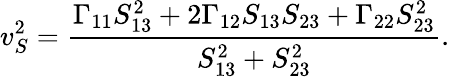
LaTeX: v_{S}^{2}=\frac{\Gamma_{11}S_{13}^{2}+2\Gamma_{12}S_{13}S_{23}+\Gamma_{22}S_{23}^{2}}{S_{13}^{2}+S_{23}^{2}}.